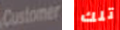
Customer تلك